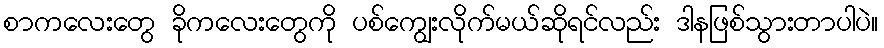
စာကလေးတွေ ခိုကလေးတွေကို ပစ်ကျွေးလိုက်မယ်ဆိုရင်လည်း ဒါနဖြစ်သွားတာပါပဲ။